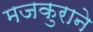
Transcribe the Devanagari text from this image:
मजकुराने